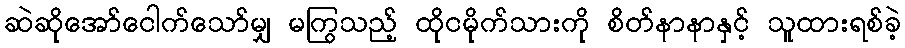
ဆဲဆိုအော်ငေါက်သော်မျှ မကြွသည့် ထိုငမိုက်သားကို စိတ်နာနာနှင့် သူထားရစ်ခဲ့